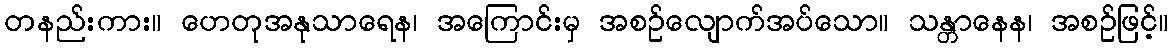
တနည်းကား။ ဟေတုအနုသာရေန၊ အကြောင်းမှ အစဉ်လျောက်အပ်သော။ သန္တာနေန၊ အစဉ်ဖြင့်။